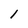
Character: 1